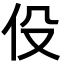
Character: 伇